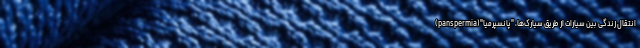
انتقال زندگی بین سیارات از طریق سیارک‌ها، "پانسپرمیا"(panspermia)